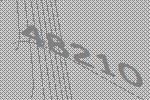
48210